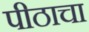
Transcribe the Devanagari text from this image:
पीठाचा